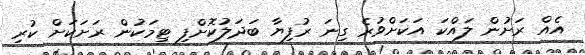
އެއް ރަށުން ލައްކަ އަކަށްވުރެ ގިނަ ރުފިޔާ ބަދަލުކޮށްފި ޓިމަކުން ރަށަކަށް ކުރި